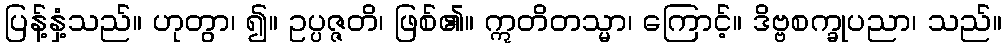
ပြန့်နှံ့သည်။ ဟုတွာ၊ ၍။ ဥပ္ပဇ္ဇတိ၊ ဖြစ်၏။ ဣတိတသ္မာ၊ ကြောင့်။ ဒိဗ္ဗစက္ခုပညာ၊ သည်။